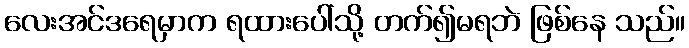
လေးအင်ဒရေမှာက ရထားပေါ်သို့ တက်၍မရဘဲ ဖြစ်နေ သည်။